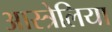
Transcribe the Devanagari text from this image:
आस्त्रेलिया